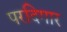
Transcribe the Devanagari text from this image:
परदिगार